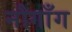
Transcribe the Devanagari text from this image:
नौगाँग